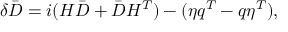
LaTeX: \delta \bar { D } = i ( H \bar { D } + \bar { D } H ^ { T } ) - ( \eta q ^ { T } - q \eta ^ { T } ) ,